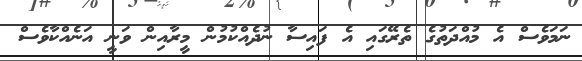
ނަމަވެސް އެ މުއްދަތުގެ ތެރޭގައި އެ ފައިސާ ނުދެއްކުމުން މީރާއިން ވަނީ އަނެއްކާވެސް